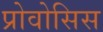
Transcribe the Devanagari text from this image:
प्रोवोसिस